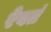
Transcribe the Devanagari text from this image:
रेवतं